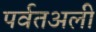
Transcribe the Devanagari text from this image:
पर्वतअली